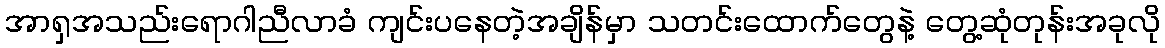
အာရှအသည်းရောဂါညီလာခံ ကျင်းပနေတဲ့အချိန်မှာ သတင်းထောက်တွေနဲ့ တွေ့ဆုံတုန်းအခုလို